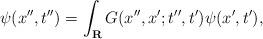
LaTeX: \begin{align*}\psi (x'',t'')=\int_{\bf R} G(x'',x';t'',t')\psi (x',t'),\end{align*}